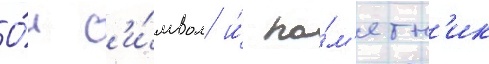
О́н с'и́мвол и́ па́м'ятн'ик